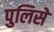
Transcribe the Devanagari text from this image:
पुलिसे